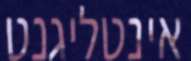
אינטליגנט